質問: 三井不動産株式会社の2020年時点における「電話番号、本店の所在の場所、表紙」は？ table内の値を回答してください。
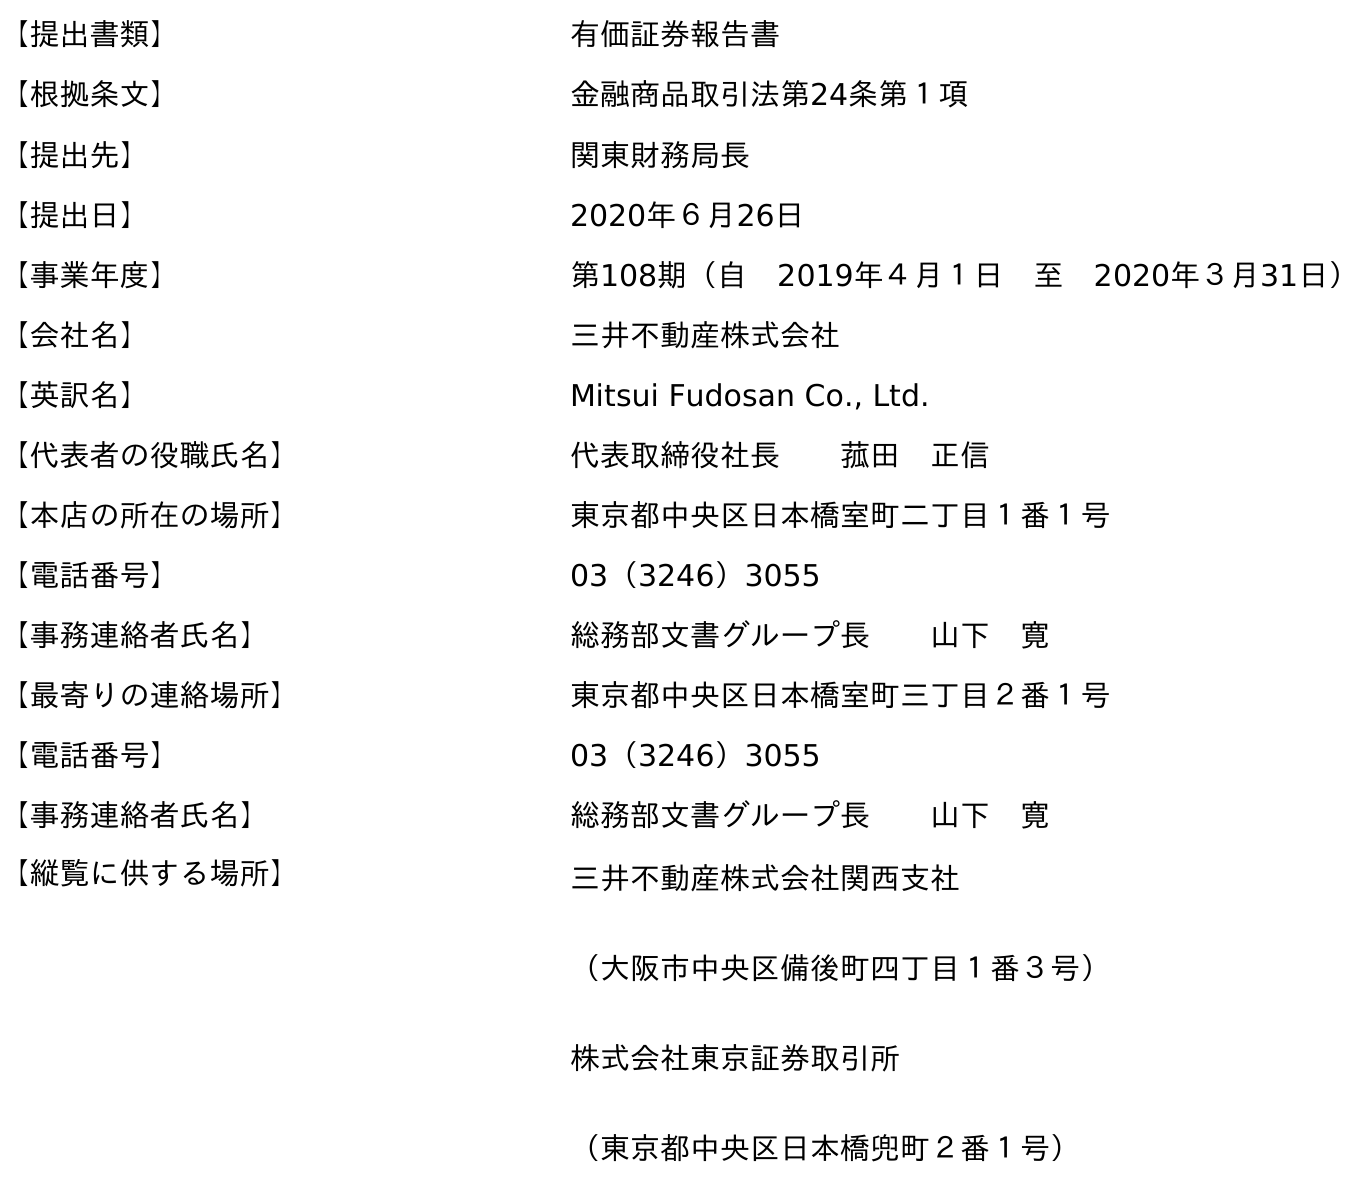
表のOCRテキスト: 【提出書類】 有価証券報告書 【根拠条文】 金融商品取引法第24条第１項 【提出先】 関東財務局長 【提出日】 2020年６月26日 【事業年度】 第108期（自 2019年４月１日 至 2020年３月31日） 【会社名】 三井不動産株式会社 【英訳名】 Mitsui Fudosan Co., Ltd. 【代表者の役職氏名】 代表取締役社長  菰田 正信 【本店の所在の場所】 東京都中央区日本橋室町二丁目１番１号 【電話番号】 03（3246）3055 【事務連絡者氏名】 総務部文書グループ長  山下 寛 【最寄りの連絡場所】 東京都中央区日本橋室町三丁目２番１号 【電話番号】 03（3246）3055 【事務連絡者氏名】 総務部文書グループ長  山下 寛 【縦覧に供する場所】 三井不動産株式会社関西支社 （大阪市中央区備後町四丁目１番３号） 株式会社東京証券取引所 （東京都中央区日本橋兜町２番１号）
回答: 03（3246）3055